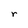
Character: r